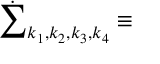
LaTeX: \dot { \sum } _ { k _ { 1 } , k _ { 2 } , k _ { 3 } , k _ { 4 } } \equiv